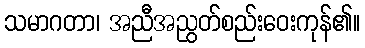
သမာဂတာ၊ အညီအညွတ်စည်းဝေးကုန်၏။